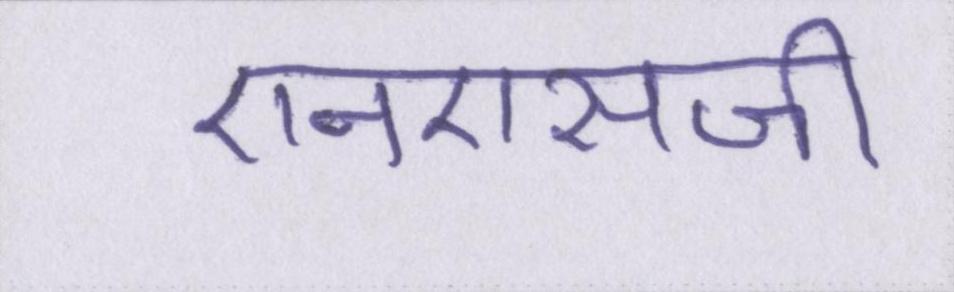
एनएसजी